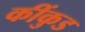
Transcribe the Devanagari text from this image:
कींकुड